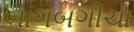
બાગબગીચા